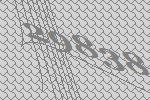
29838